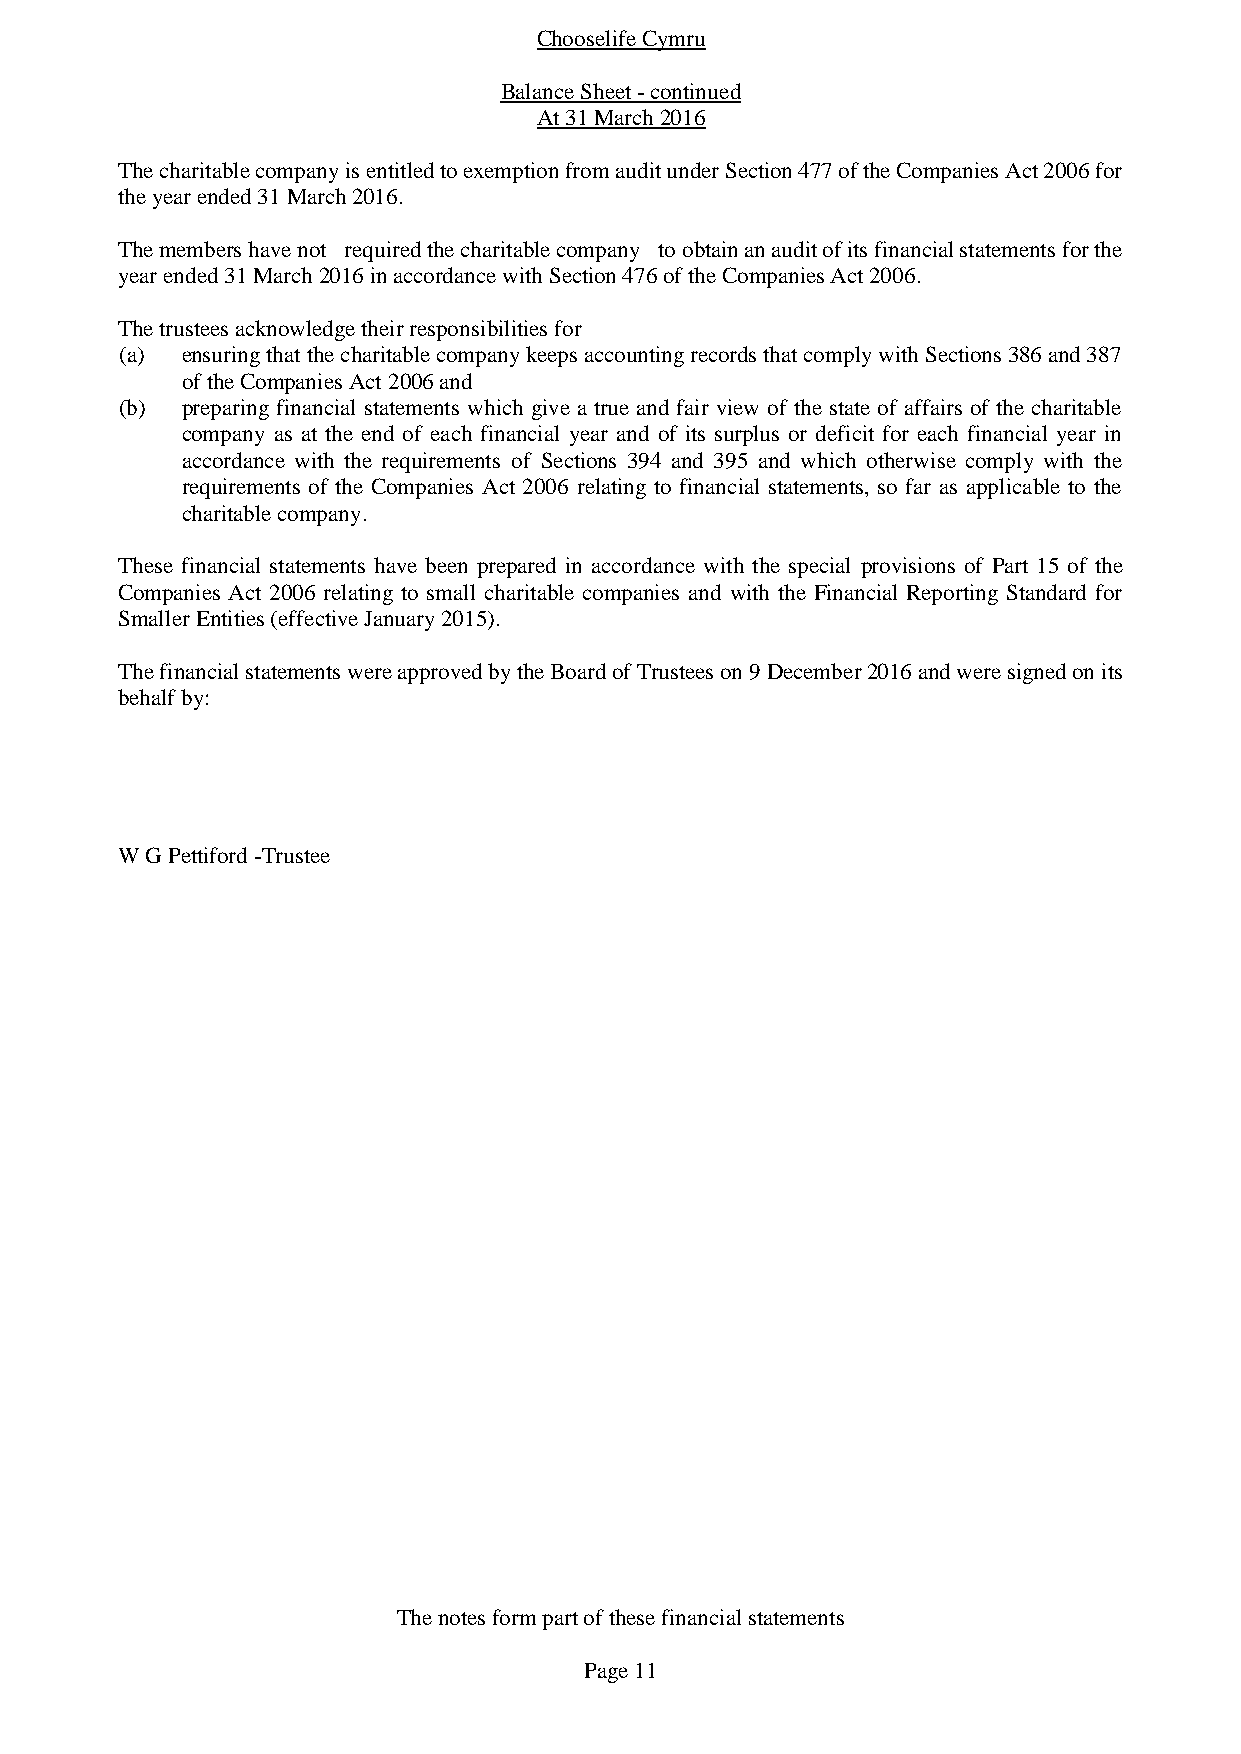
Chooselife Cymru
 Balance Sheet - continued
 At 31 March 2016
 The charitable company is entitled to exemption from audit under Section 477 of the Companies Act 2006 for
 the year ended 31 March 2016.
 The members have not required the charitable company to obtain an audit of its financial statements for the
 year ended 31 March 2016 in accordance with Section 476 of the Companies Act 2006.
 The trustees acknowledge their responsibilities for
 (a) ensuring that the charitable company keeps accounting records that comply with Sections 386 and 387
 of the Companies Act 2006 and
 (b) preparing financial statements which give a true and fair view of the state of affairs of the charitable
 company as at the end of each financial year and of its surplus or deficit for each financial year in
 accordance with the requirements of Sections 394 and 395 and which otherwise comply with the
 requirements of the Companies Act 2006 relating to financial statements, so far as applicable to the
 charitable company.
 These financial statements have been prepared in accordance with the special provisions of Part 15 of the
 Companies Act 2006 relating to small charitable companies and with the Financial Reporting Standard for
 Smaller Entities (effective January 2015).
 The financial statements were approved by the Board of Trustees on 9 December 2016 and were signed on its
 behalf by:
 W G Pettiford -Trustee
 The notes form part of these financial statements
 Page 11